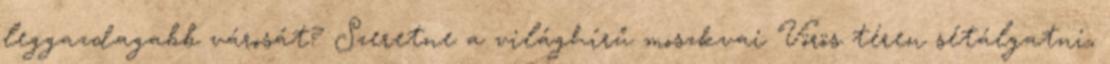
leggazdagabb városát? Szeretne a világhírű moszkvai Vörös téren sétálgatni,